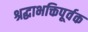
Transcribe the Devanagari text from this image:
श्रद्धाभक्तिपूर्वक